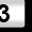
Digit: 3